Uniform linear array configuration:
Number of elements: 64
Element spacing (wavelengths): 0.5
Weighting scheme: exponential
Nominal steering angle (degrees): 45
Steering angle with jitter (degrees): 44.075
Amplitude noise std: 0.05
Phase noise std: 0.05

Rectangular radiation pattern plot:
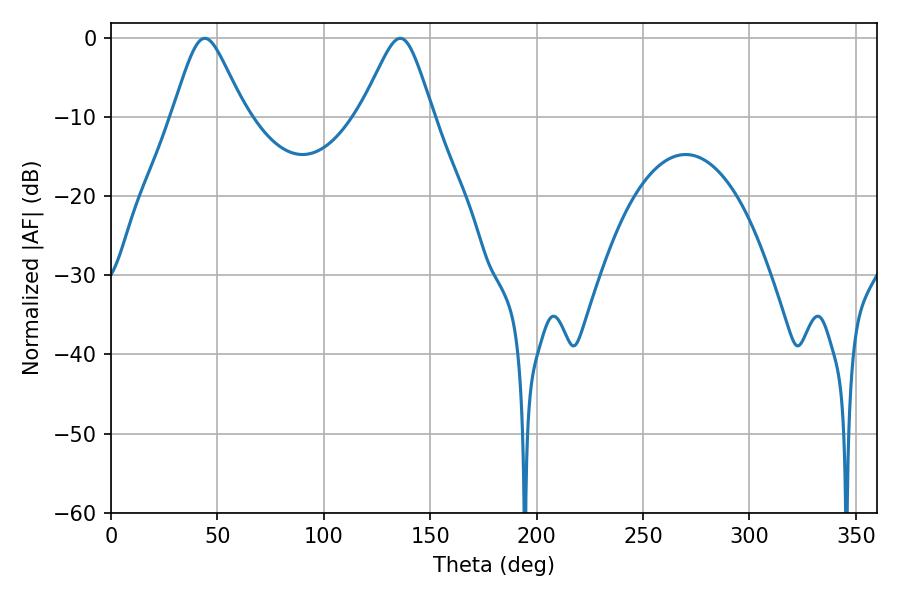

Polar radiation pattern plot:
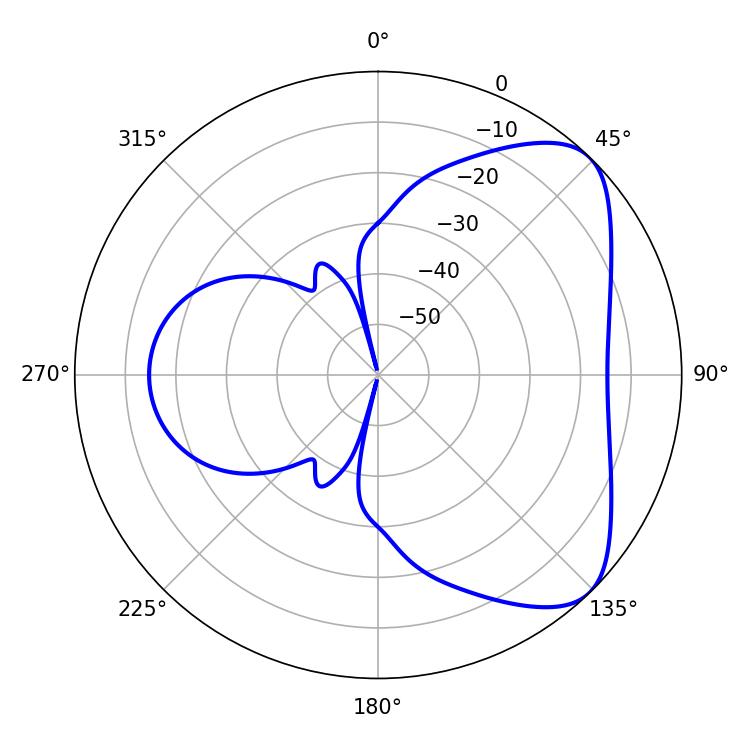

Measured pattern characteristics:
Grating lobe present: FALSE
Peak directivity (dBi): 6.114
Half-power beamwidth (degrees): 16.38
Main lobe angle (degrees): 44.1